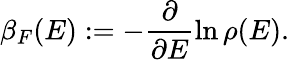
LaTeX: \beta_{F}(E)\mathrel{\mathop:}=-\frac{\partial}{\partial E}\ln\rho(E).